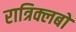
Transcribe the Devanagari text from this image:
रात्रिक्लबों